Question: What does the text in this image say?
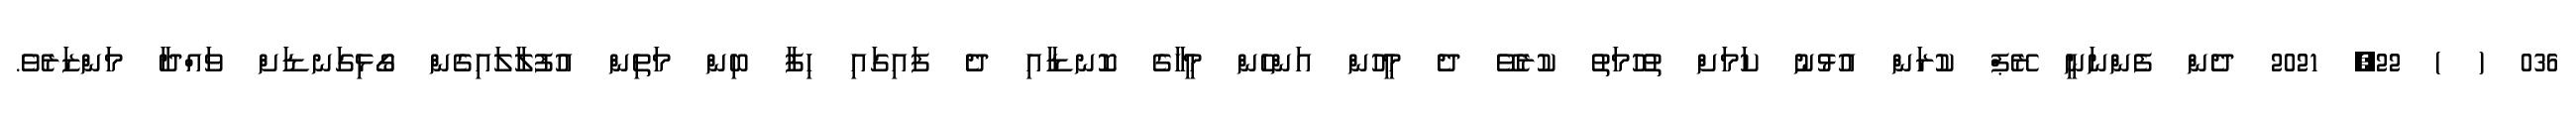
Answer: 036 ( ) 22, 2021 ދެން ފެންނަނީ ރޭޕް ކުރަން އުޅުނު ކަމަށް ތުހުމަތު ކުރެވޭ ދެ މީހުން އަންހެން މީހާގެ ކޮނޑާއި ދެ ފައިގައި ހިފާ ބިން މަތިން އުފުލާލައިގެން ގޯޅިގަނޑަށް ވައްދާ މަންޒަރެވެ.